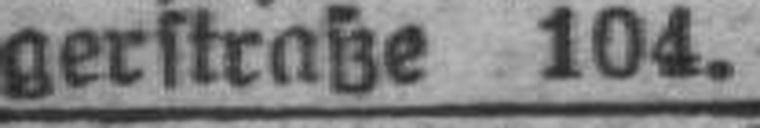
gerstraße 104.